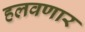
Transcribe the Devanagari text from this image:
हलवणार